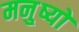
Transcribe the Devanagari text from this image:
मनु्ष्यों